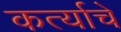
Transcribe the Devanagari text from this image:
कर्त्याचे